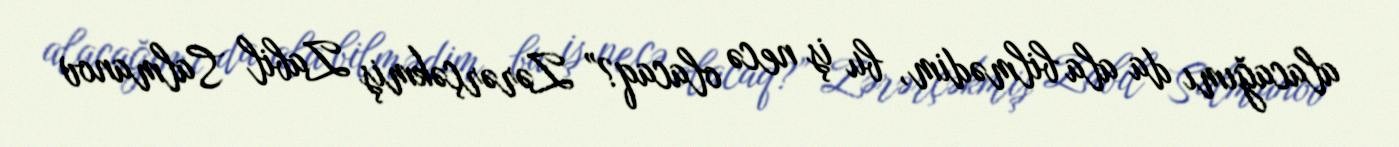
alacağımı da ala bilmədim, bu iş necə olacaq?” Zərərçəkmiş Zabil Salmanov